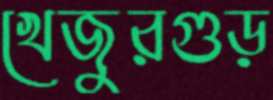
খেজুরগুড়